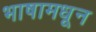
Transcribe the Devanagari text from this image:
भाषामधून